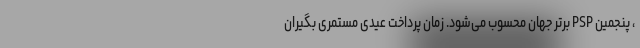
، پنجمین PSP برتر جهان محسوب می‌شود. زمان پرداخت عیدی مستمری بگیران